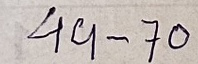
49 - 70